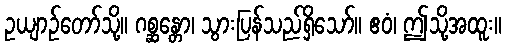
ဥယျာဉ်တော်သို့။ ဂစ္ဆန္တော၊ သွားပြန်သည်ရှိသော်။ ဧဝံ၊ ဤသို့အထူး။